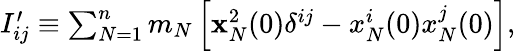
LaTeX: \begin{array}{r}{I_{ij}^{\prime}\equiv\sum_{N=1}^{n}m_{N}\left[{\mathbf x}_{N}^{2}(0)\delta^{ij}-x_{N}^{i}(0)x_{N}^{j}(0)\right],}\end{array}